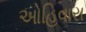
ઓહિવારા